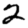
Digit: 2